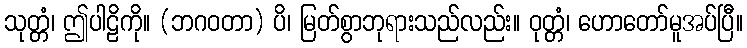
သုတ္တံ၊ ဤပါဠိကို။ (ဘဂဝတာ) ပိ၊ မြတ်စွာဘုရားသည်လည်း။ ဝုတ္တံ၊ ဟောတော်မူအပ်ပြီ။